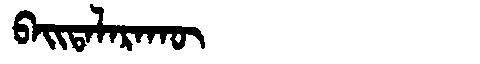
Manchu: ᠪᠠᡳᡨᠠᠯᠠᡵᠠᡴᡡ
Romanization: BAITALARAKŪ